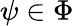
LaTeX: \psi\in\Phi